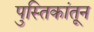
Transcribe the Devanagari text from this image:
पुस्तिकांतून